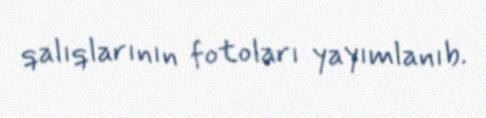
qalıqlarının fotoları yayımlanıb.